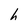
Character: h